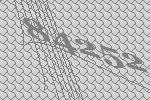
84252